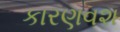
કારણવશ